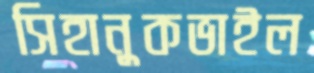
সিহানুকভাইল